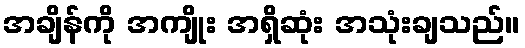
အချိန်ကို အကျိုး အရှိဆုံး အသုံးချသည်။